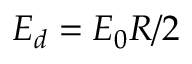
E _ { d } = E _ { 0 } R / 2